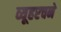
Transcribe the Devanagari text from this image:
व्यूहरचने